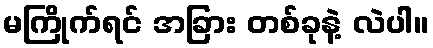
မကြိုက်ရင် အခြား တစ်ခုနဲ့ လဲပါ။